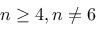
n \geq 4 , n \neq 6